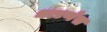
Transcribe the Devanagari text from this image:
धारणेस